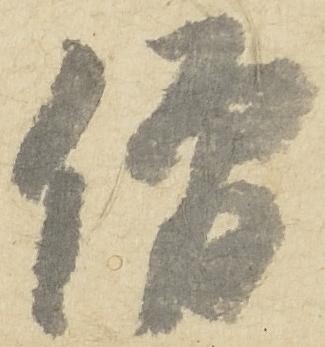
僧